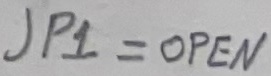
Text: JP = OPEN